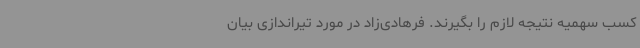
کسب سهمیه نتیجه لازم را بگیرند. فرهادی‌زاد در مورد تیراندازی بیان